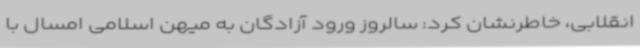
انقلابی، خاطرنشان کرد: سالروز ورود آزادگان به میهن اسلامی امسال با